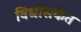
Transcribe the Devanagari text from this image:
विधीसंकेत